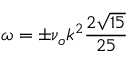
\omega = \pm \nu _ { o } k ^ { 2 } \frac { 2 \sqrt { 1 5 } } { 2 5 }